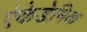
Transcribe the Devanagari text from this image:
ऐकेडेमिक